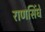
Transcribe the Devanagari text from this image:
राणसिंघे